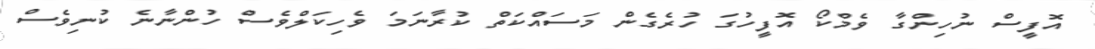
އޮފީސް ނުހިންގާ ވެމްކޯ އޮފީހުގަ ހުރެގެން މަސައްކަތް ކުރާނަމަ ވެހިކަލްވެސް ހުންނާނެ ކުނިވެސް